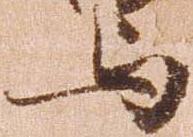
与